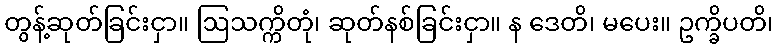
တွန့်ဆုတ်ခြင်းငှာ။ ဩသက္ကိတုံ၊ ဆုတ်နစ်ခြင်းငှာ။ န ဒေတိ၊ မပေး။ ဥက္ခိပတိ၊